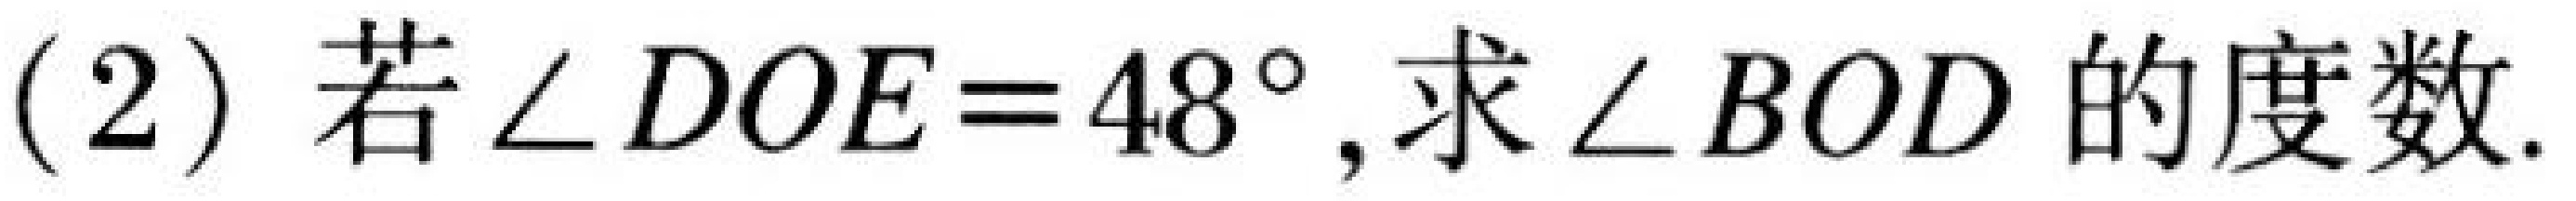
(2) 若$\angle DOE = 48^{\circ}$,求$\angle BOD$的度数.